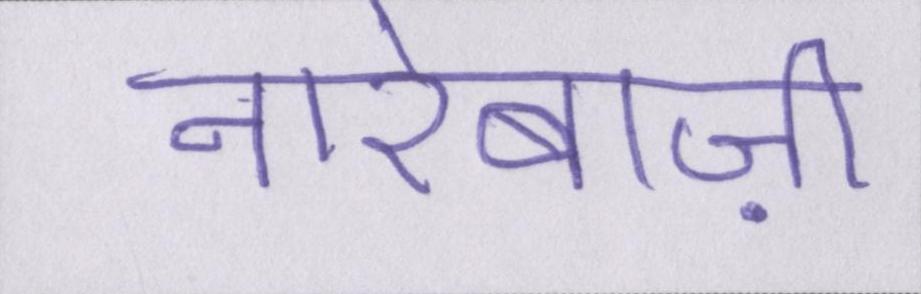
नारेबाज़ी